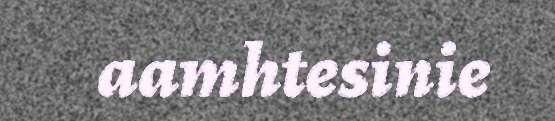
aamhtesinie